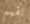
نقيم